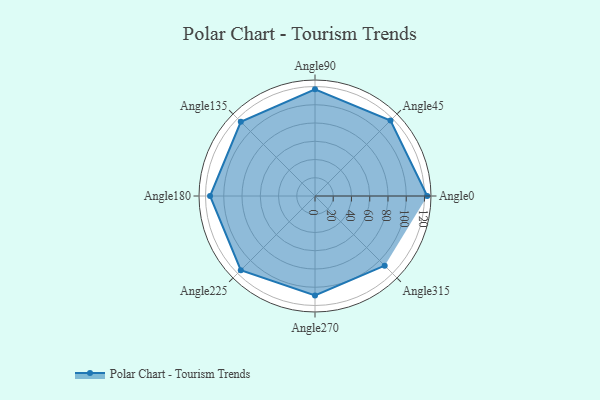
{"axis": {"x": "Angle", "y": "Radius"}, "legend": [""], "data": [{"x": "Angle0", "y": 123.0, "type": ""}, {"x": "Angle45", "y": 117.0, "type": ""}, {"x": "Angle90", "y": 117.0, "type": ""}, {"x": "Angle135", "y": 115.0, "type": ""}, {"x": "Angle180", "y": 115.0, "type": ""}, {"x": "Angle225", "y": 115.0, "type": ""}, {"x": "Angle270", "y": 109.0, "type": ""}, {"x": "Angle315", "y": 108.0, "type": ""}]}